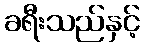
ခရီးသည်နှင့်